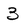
Character: 3